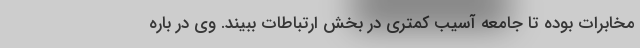
مخابرات بوده تا جامعه آسیب کمتری در بخش ارتباطات ببیند. وی در باره